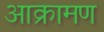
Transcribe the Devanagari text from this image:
आक्रामण